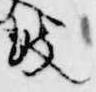
鼓